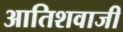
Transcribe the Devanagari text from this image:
आतिशवाजी